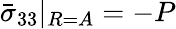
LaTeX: \bar{\sigma}_{33}|_{R=A}=-P